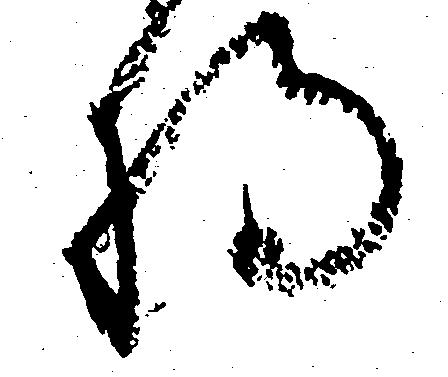
将